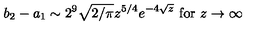
b _ { 2 } - a _ { 1 } \sim 2 ^ { 9 } \sqrt { 2 / \pi } z ^ { 5 / 4 } e ^ { - 4 \sqrt { z } } \ \mathrm { f o r } \ z \rightarrow \infty